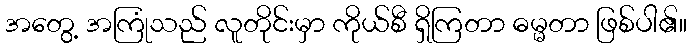
အတွေ့ အကြုံသည် လူတိုင်းမှာ ကိုယ်စီ ရှိကြတာ ဓမ္မတာ ဖြစ်ပါ၏။